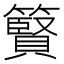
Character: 䉯